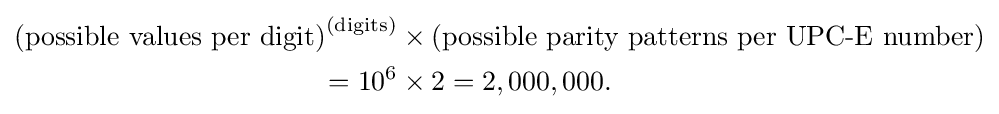
{\begin{aligned}{\text{(possible values per digit)}}^{\text{(digits)}}&\times {\text{(possible parity patterns per UPC-E number)}}\\=10^{6}&\times 2=2,000,000.\end{aligned}}